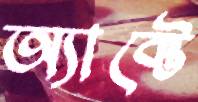
অ্যাক্টে